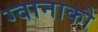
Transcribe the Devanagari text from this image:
ग्वानाको